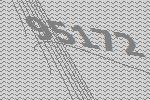
95172